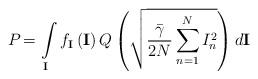
\begin{align*}{{P}_{}}=\int\limits_{\mathbf{I}}{{{f}_{\mathbf{I}}}}\left( \mathbf{I} \right)Q\left( \sqrt{\frac{{\bar{\gamma }}}{2N}\sum\limits_{n=1}^{N}{I_{n}^{2}}} \right)d\mathbf{I}\end{align*}